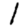
Digit: 1